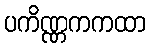
ပကိဏ္ဏကကထာ